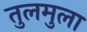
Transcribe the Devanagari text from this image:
तुलमुला